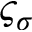
\varsigma _ { \sigma }